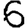
Digit: 6